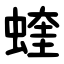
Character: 蝰